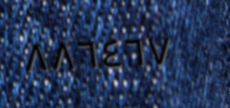
٨٨٦٤٦٧